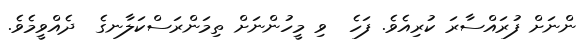
ންނަށް ފުރައްސާރަ ކުރިއެވެ. ފަހެ  ވި މީހުންނަށް ތިމަންރަސްކަލާނގެ  ދެއްވީމެވެ.